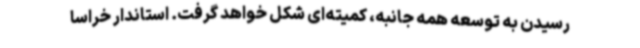
رسیدن به توسعه همه جانبه، کمیته‌ای شکل خواهد گرفت. استاندار خراسا